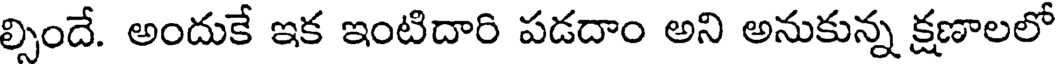
ల్సిందే. అందుకే ఇక ఇంటిదారి పడదాం అని అనుకున్న క్షణాలలో